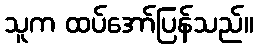
သူက ထပ်အော်ပြန်သည်။